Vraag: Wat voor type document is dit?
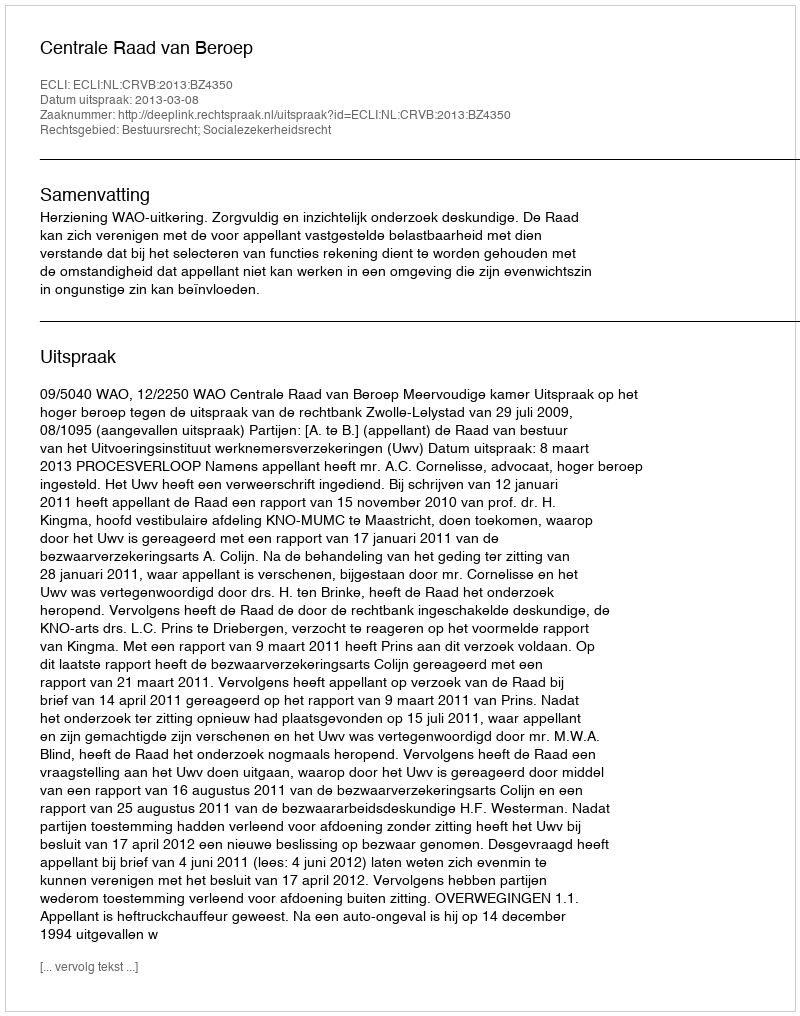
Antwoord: Uitspraak